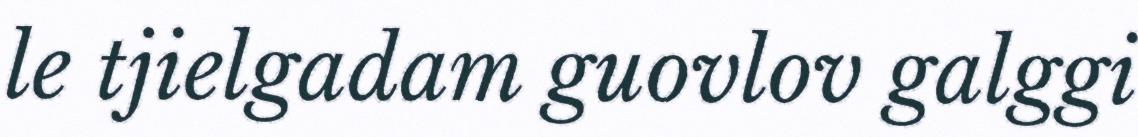
le tjielgadam guovlov galggi